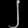
Digit: ၂